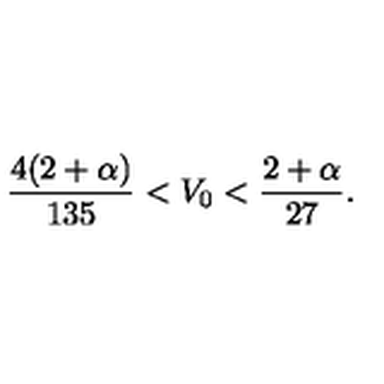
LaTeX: \frac { 4 ( 2 + \alpha ) } { 1 3 5 } < V _ { 0 } < \frac { 2 + \alpha } { 2 7 } .